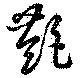
艶